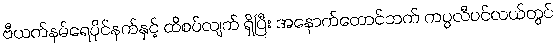
ဗီယက်နမ်ရေပိုင်နက်နှင့် ထိစပ်လျက် ရှိပြီး အနောက်တောင်ဘက် ကပ္ပလီပင်လယ်တွင်